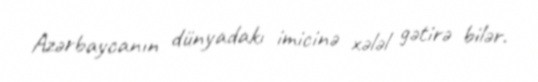
Azərbaycanın dünyadakı imicinə xələl gətirə bilər.